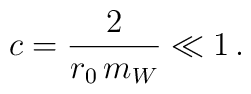
c=\frac{2}{r_0 \, m_W} \ll 1 \, .